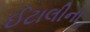
ઈટાલીના